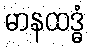
မာနထဒ္ဓံ